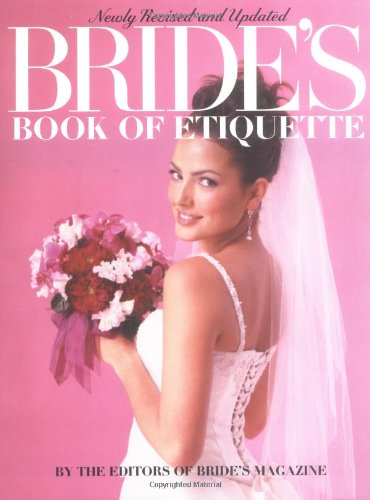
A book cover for Bride's Book of Etiquette (Revised); Bride's Magazine Editors; Crafts, Hobbies & Home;